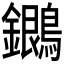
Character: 𪇩